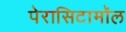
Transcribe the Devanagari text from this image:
पेरासिटामॉल